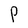
Character: P